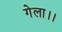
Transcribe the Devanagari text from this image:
गेला।।